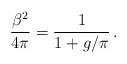
\begin{align*}\frac{\beta ^{2}}{4\pi }=\frac{1}{1+g/\pi }\, .\end{align*}